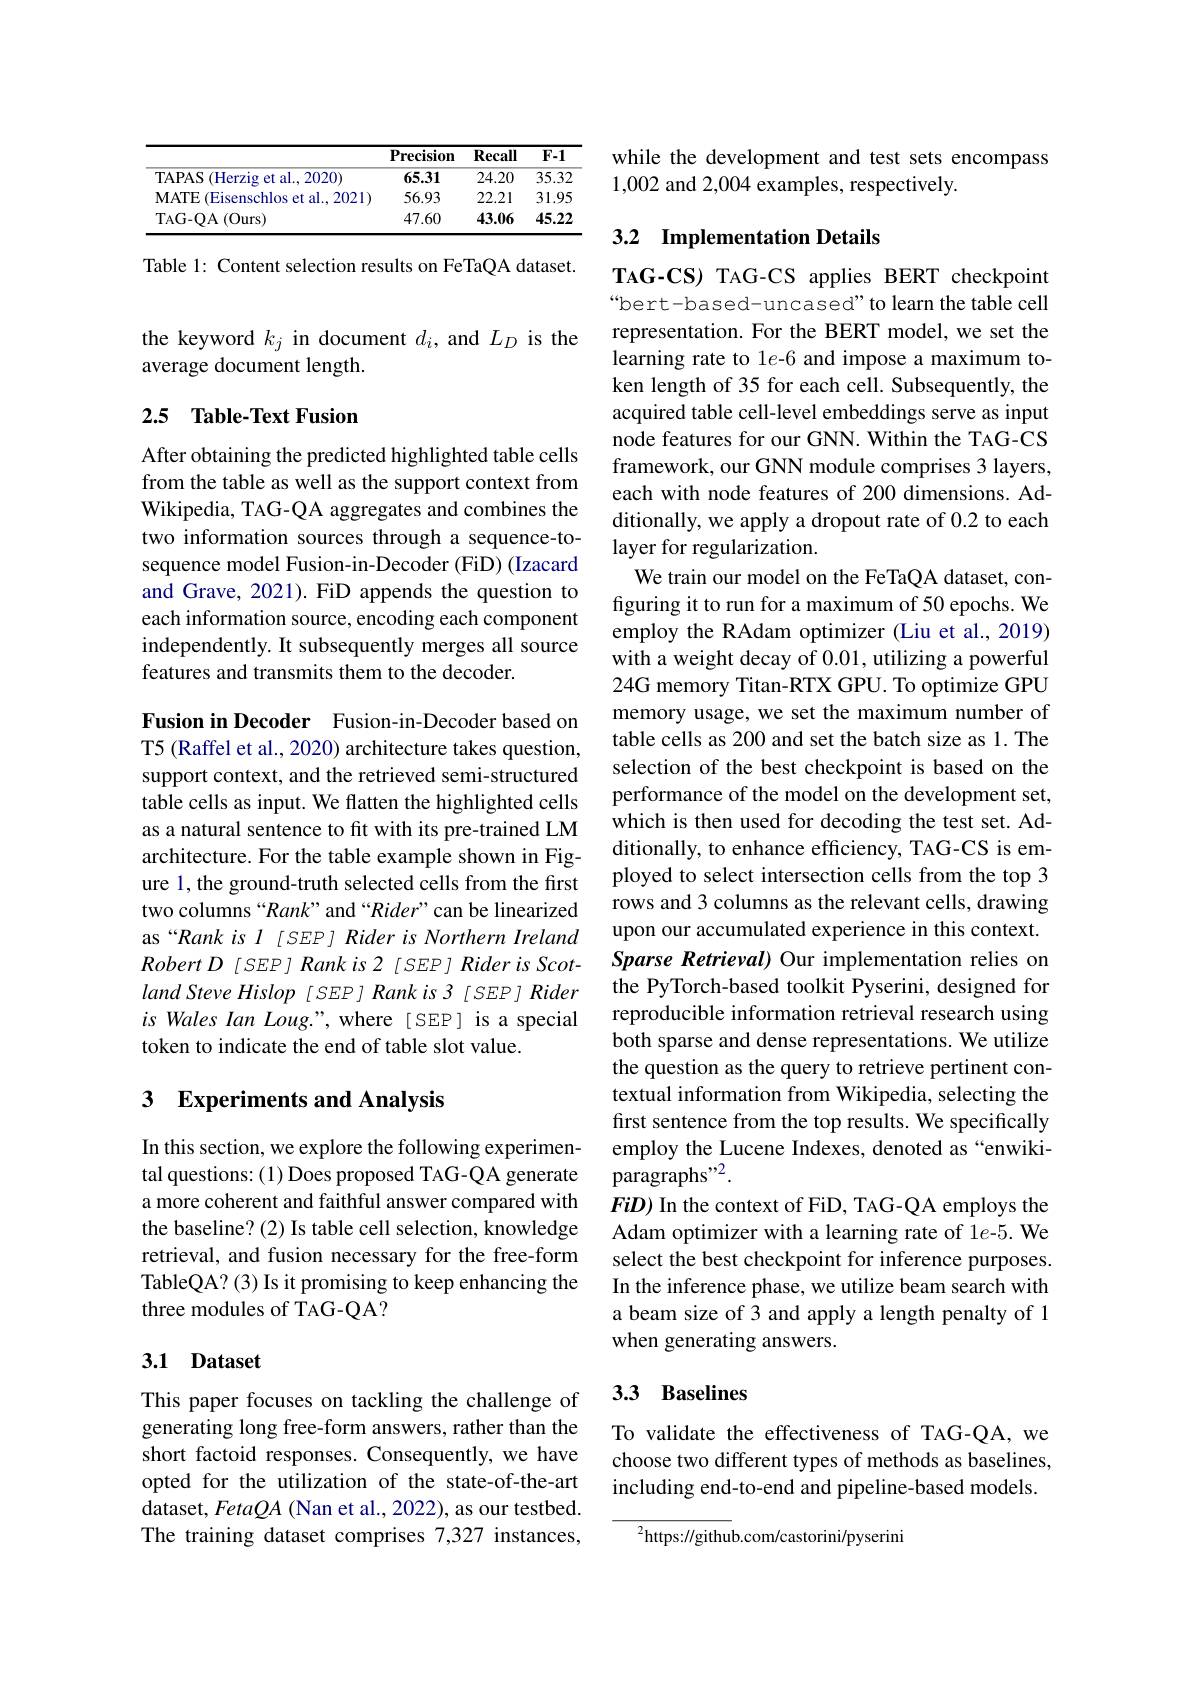
<table>
	<tbody>
		<tr>
			<th> </th>
			<th>$\mathbf{Precision}$</th>
			<th>$\mathbf{Recall}$</th>
			<th>$F-1$</th>
		</tr>
		<tr>
			<td>TAPAS (Herzig et al., 2020)</td>
			<td>65.31</td>
			<td>24.20</td>
			<td>35.32</td>
		</tr>
		<tr>
			<td>MATE (Eisenschlos et al., 2021)</td>
			<td>56.93</td>
			<td>22.21</td>
			<td>31.95</td>
		</tr>
		<tr>
			<td>TAG- QA ( Ours) </td>
			<td>47.60</td>
			<td>43.06</td>
			<td>45.22</td>
		</tr>
	</tbody>
</table>

Table 1: Content selection results on FeTaQA dataset.

the keyword $k_j$ in document $d_i$, and $L_D$ is the
average document length.

## 2.5 Table-Text Fusion

After obtaining the predicted highlighted table cells from the table as well as the support context from Wikipedia, TAG-QA aggregates and combines the two information sources through a sequence-tosequence model Fusion-in-Decoder (FiD) (Izacard and Grave, 2021). FiD appends the question to each information source, encoding each component independently. It subsequently merges all source features and transmits them to the decoder.

Fusion in Decoder Fusion-in-Decoder based on T5 (Raffel et al., 2020) architecture takes question, support context, and the retrieved semi-structured table cells as input. We flatten the highlighted cells as a natural sentence to fit with its pre-trained LM architecture. For the table example shown in Figure 1, the ground-truth selected cells from the first two columns “Rank” and “Rider” can be linearized as“Rank is $l_{[SEP]}$ Rider is Northern Ireland $RobertD[SEP]Rankis2[SEP]RiderisScot-$ $land\textit{Steve Hislop[ SEP] Rank is 3 [ SEP] Rider}$ is Wales Ian Loug.", where [SEP] is a special token to indicate the end of table slot value.

## 3 Experiments and Analysis

In this section, we explore the following experimental questions: (1) Does proposed TAG-QA generate a more coherent and faithful answer compared with the baseline? (2) Is table cell selection, knowledge retrieval, and fusion necessary for the free-form TableQA? (3) Is it promising to keep enhancing the three modules of TAG-QA?

### 3.1 Dataset

This paper focuses on tackling the challenge of generating long free-form answers, rather than the short factoid responses. Consequently, we have opted for the utilization of the state-of-the-art dataset, Feta$\textcircled{A}$ (Nan et al., 2022), as our testbed. The training dataset comprises 7,327 instances,

while the development and test sets encompass
1,002 and 2,004 examples, respectively.

## 3.2 Implementation Details

TAG-CS) TAG-CS applies BERT checkpoint "bert-based-uncased" to learn the table cell representation. For the BERT model, we set the learning rate to 1e-6 and impose a maximum token length of 35 for each cell. Subsequently, the acquired table cell-level embeddings serve as input node features for our GNN. Within the TAG-CS framework, our GNN module comprises 3 layers, each with node features of 200 dimensions. Additionally, we apply a dropout rate of 0.2 to each layer for regularization.
We train our model on the FeTaQA dataset, configuring it to run for a maximum of 50 epochs. We employ the RAdam optimizer (Liu et al., 2019) with a weight decay of 0.01, utilizing a powerful 24G memory Titan-RTX GPU. To optimize GPU memory usage, we set the maximum number of table cells as 200 and set the batch size as 1. The selection of the best checkpoint is based on the performance of the model on the development set, which is then used for decoding the test set. Additionally, to enhance efficiency, TAG-CS is employed to select intersection cells from the top 3 rows and 3 columns as the relevant cells, drawing upon our accumulated experience in this context. Sparse Retrieval) Our implementation relies on the PyTorch-based toolkit Pyserini, designed for reproducible information retrieval research using both sparse and dense representations. We utilize the question as the query to retrieve pertinent contextual information from Wikipedia, selecting the first sentence from the top results. We specifically employ the Lucene Indexes, denoted as “enwiki- $\dot{\text{paragraphs}}^{,,2}.$
$FiD)$ In the context of FiD, TAG-QA employs the Adam optimizer with a learning rate of 1e-5. We select the best checkpoint for inference purposes. In the inference phase, we utilize beam search with a beam size of 3 and apply a length penalty of 1 when generating answers.

## 3.3 Baselines

To validate the effectiveness of TAG-QA, we choose two different types of methods as baselines, including end-to-end and pipeline-based models.

$^{2}$https://github.com/castorini/pyserini